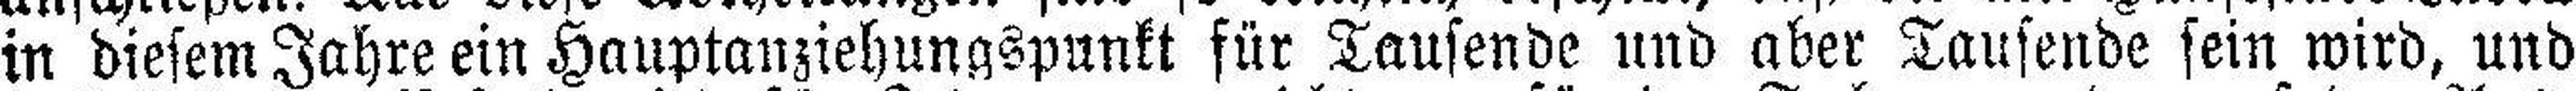
in diesem Jahre ein Hauptanziehungspunkt für Tausende und aber Tausende sein wird, und